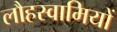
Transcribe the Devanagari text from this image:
लौहस्वामियों